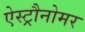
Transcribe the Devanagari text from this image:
ऐस्ट्रौनोमर